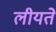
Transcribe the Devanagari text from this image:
लीयते